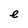
Character: e